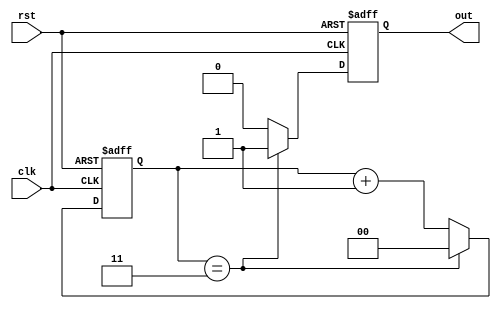
module divide_by_n_counter #(
    parameter N = 4  // Set default value of N (must be > 1)
)(
    input wire clk,     // Clock input
    input wire rst,     // Asynchronous reset
    output reg out      // Output pulse
);

    // Calculate the number of bits needed to represent the count
    localparam COUNT_BITS = $clog2(N);

    // State register
    reg [COUNT_BITS-1:0] count;

    always @(posedge clk or posedge rst) begin
        if (rst) begin
            count <= 0;  // Reset the counter
            out <= 0;    // Reset the output
        end else begin
            if (count == N - 1) begin
                count <= 0;  // Reset count after reaching N-1
                out <= 1;     // Assert output pulse
            end else begin
                count <= count + 1;  // Increment the counter
                out <= 0;             // Deassert output pulse
            end
        end
    end
endmodule